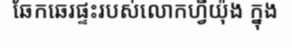
ឆែកឆេរផ្ទះរបស់លោកហ្វីយ៉ុង ក្នុង